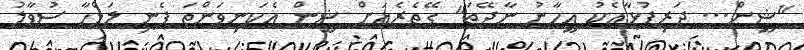
"ޝީން... ދަރިފުޅާއެކު އީހާނު ނާދޭތަ" ގޭތެރެއަށް ޝީން އެކަނިވަންތަ ފެނި ލަމްހާ ސުވާލު